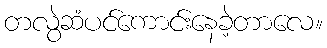
တလွဲဆံပင်ကောင်းနေခဲ့တာလေ။